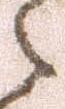
之